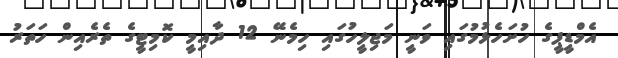
އެމްޑީޕީގެ ހުށަހެޅުމުގައި ވަނީ މަޖިލީހުގައި ހިމެނޭ 12 ދާއިމީ ކޮމިޓީގެ ތެރެއިން ހަތަރު